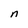
Character: n